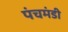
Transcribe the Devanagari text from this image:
पंचमंडी